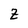
Character: Z